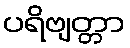
ပရိဗျတ္တာ